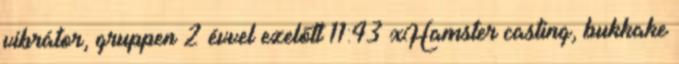
vibrátor, gruppen 2 évvel ezelőtt 11:43 xHamster casting, bukkake